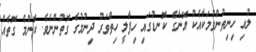
ލުއި ހިނިތުންވުމަކާއެކު އޭނާގެ ކޮނޑުގައި ހިފާލީ ހިތްވަރު ދިނުމުގެ ގޮތުންނެވެ. ކޮންމެ ގޮތެއް